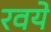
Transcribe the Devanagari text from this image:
रवये